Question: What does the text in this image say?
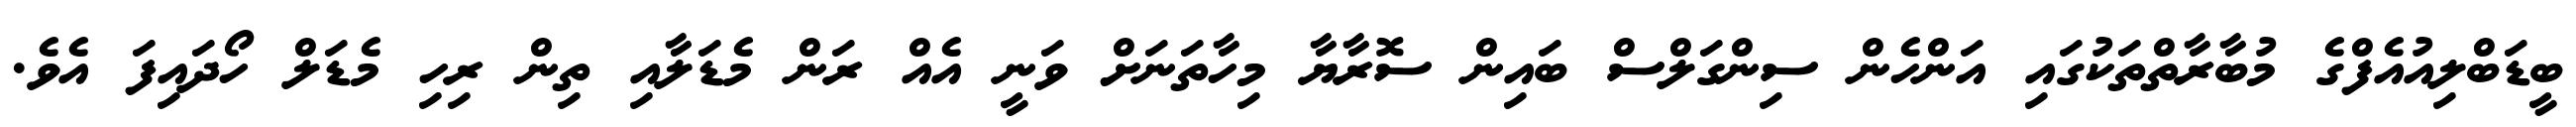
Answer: ބީޑަބްލިއުއެފްގެ މުބާރާތްތަކުގައި އަންހެން ސިންގަލްސް ބައިން ސޮރާޔާ މިހާތަނަށް ވަނީ އެއް ރަން މެޑަލާއި ތިން ރިހި މެޑަލް ހޯދައިފަ އެވެ.